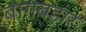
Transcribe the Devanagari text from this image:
बागबहार